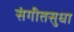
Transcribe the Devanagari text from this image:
संगीतसुधा